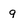
Character: q